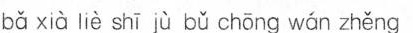
bǎ xià liè shī jù bǔ chōng wǎn zhěng